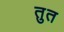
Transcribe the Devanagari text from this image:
तुत